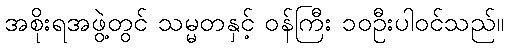
အစိုးရအဖွဲ့တွင် သမ္မတနှင့် ဝန်ကြီး ၁၀ဦးပါဝင်သည်။